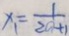
x _ { 1 } = \frac { 1 } { 2 a + 1 }